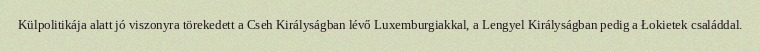
Külpolitikája alatt jó viszonyra törekedett a Cseh Királyságban lévő Luxemburgiakkal, a Lengyel Királyságban pedig a Łokietek családdal.